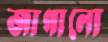
জাগালো